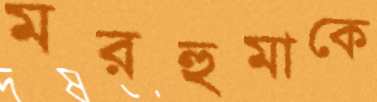
মরহুমাকে